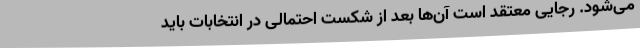
می‌شود. رجایی معتقد است آن‌ها بعد از شکست احتمالی در انتخابات باید